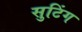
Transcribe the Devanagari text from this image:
सुटिंग